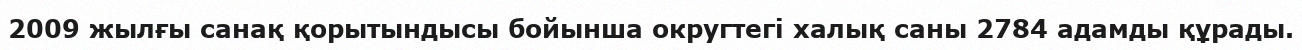
2009 жылғы санақ қорытындысы бойынша округтегі халық саны 2784 адамды құрады.